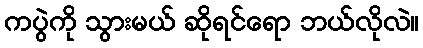
ကပွဲကို သွားမယ် ဆိုရင်ရော ဘယ်လိုလဲ။